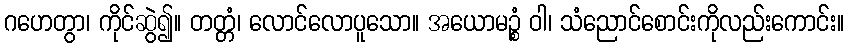
ဂဟေတွာ၊ ကိုင်ဆွဲ၍။ တတ္တံ၊ လောင်လောပူသော။ အယောမဉ္စံ ဝါ၊ သံညောင်စောင်းကိုလည်းကောင်း။